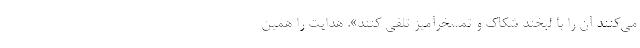
مي‌كنند آن را با لبخند شكاك و تمسخرآميز تلقي كنند». هدایت را همین